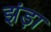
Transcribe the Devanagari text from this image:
झंड़ा